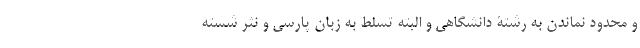
و محدود نماندن به رشتۀ دانشگاهی و البته تسلط به زبان پارسی و نثر شسته